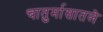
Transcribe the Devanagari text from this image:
चातुर्मासातले